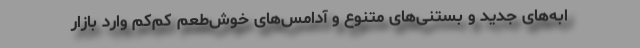
ابه‌های جدید و بستنی‌های متنوع و آدامس‌های خوش‌طعم کم‌کم وارد بازار